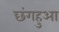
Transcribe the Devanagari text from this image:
छंगहुआ